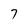
Character: 7